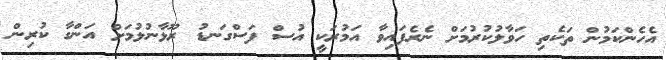
އެހެންކަމުން ތަކެތި ހަވާލުކުރުމަށް ނެރެފައިވާ އަމުރަކީ އުސް ފަސްގަނޑު ރޫޅާނުލުމަށް އަންގާ ކުރިން